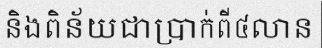
និងពិន័យជាប្រាក់ពី៤លាន